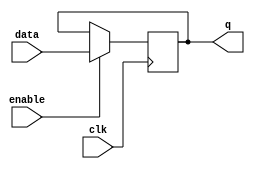
module latch (
    input wire clk,
    input wire enable,
    input wire data,
    output reg q
);

always @(posedge clk) begin
    if (enable) begin
        q <= data;
    end
end

endmodule